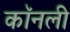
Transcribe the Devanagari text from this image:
कॉनली